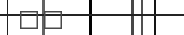
٣٠